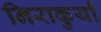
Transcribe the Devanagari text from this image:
निराकुर्यां